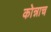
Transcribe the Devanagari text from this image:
कोन्नाच